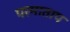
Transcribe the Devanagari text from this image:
परमाताप